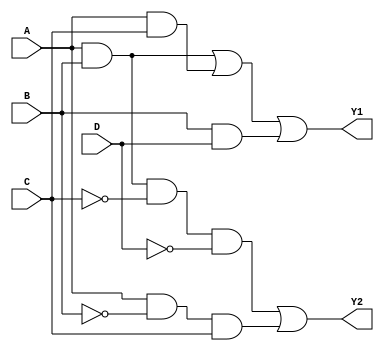
module combinational_logic (
    input wire A,  // Input A
    input wire B,  // Input B
    input wire C,  // Input C
    input wire D,  // Input D
    output wire Y1, // Output Y1
    output wire Y2  // Output Y2
);

// Intermediate signals for internal logic calculations
wire AB_notCD; // A AND B AND NOT C AND NOT D
wire AB_CD;    // A AND B AND C AND D
wire A_notB_C; // A AND NOT B AND C
wire notA_BC;  // NOT A AND B AND C

// Minimized expressions using hybrid minimization techniques (example expressions)
assign Y1 = (A & B) | (A & C) | (B & D); // Example minimized expression for Y1
assign Y2 = (A & B & ~C & ~D) | (A & ~B & C); // Example minimized expression for Y2

endmodule